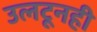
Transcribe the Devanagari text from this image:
उलटूनही